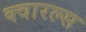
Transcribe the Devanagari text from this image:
क्वारल्स